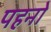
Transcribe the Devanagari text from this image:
पहनो